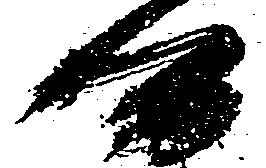
候